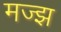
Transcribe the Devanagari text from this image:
मज्झ